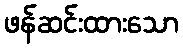
ဖန်ဆင်းထားသော